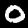
Label: 0